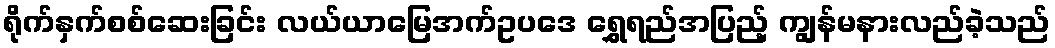
ရိုက်နှက်စစ်ဆေးခြင်း လယ်ယာမြေအက်ဥပဒေ ရွှေရည်အပြည့် ကျွန်မနားလည်ခဲ့သည်